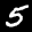
Label: 5